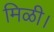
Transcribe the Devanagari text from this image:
मिळी।